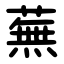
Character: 蕪